Report on the working of the Ranchi Indian Mental Hospital, Kanke, in Bihar and Orissa - 1930-1940
Year: 1930
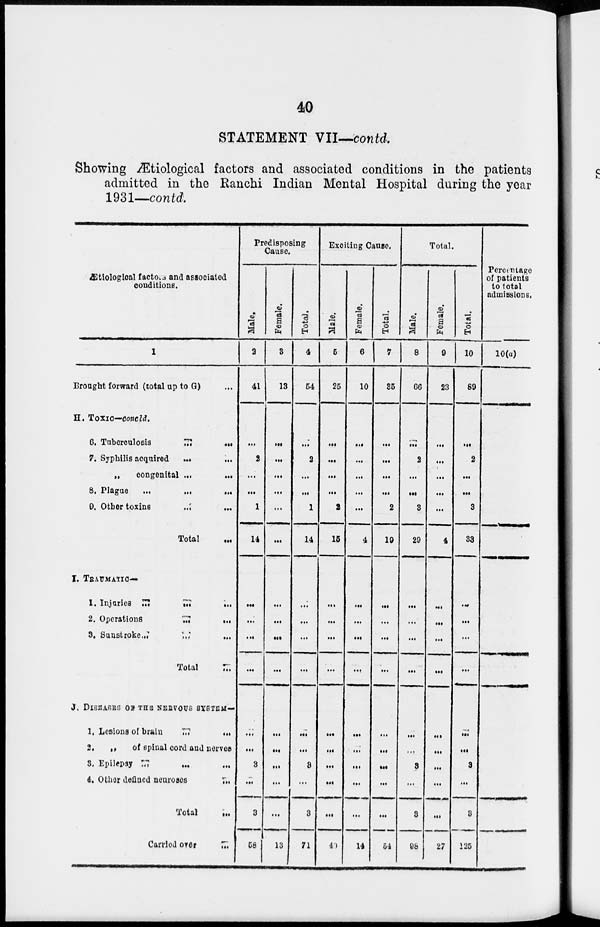
40
STATEMENT VII—contd.
Showing Ætiological factors and associated conditions in the patients
admitted in the Ranchi Indian Mental Hospital during the year
1931—contd.
Ætiological factors and associated
conditions.
1
Brought forward (total up to G) ...
H. Toxic—concld.
6. Tuberculosis
... ...
7. Syphilis acquired
...
...
„
congenital ...
...
8. Plague
...
...
...
9. Other toxins ... ...
Total
...
I. TRAUMATIC—
1. Injuries ...
...
...
2. Operations
...
...
3. Sunstroke ... ... ...
Total ...
J. DISEASES OF THE NERVOUS SYSTEM—
1. Lesions of brain
...
...
2.
„
of spinal cord and nerves
3. Epilepsy ... ... ...
4. Other defined neuroses
...
Total
...
Carried over
...
Predisposing
Cause.
Male.
2
41
...
2
...
...
1
14
...
...
...
...
...
...
3
...
3
58
Female.
3
13
...
...
...
...
...
...
...
...
...
...
...
...
...
...
...
13
Total.
4
54
...
2
...
...
1
14
...
...
...
...
...
...
3
...
3
71
Exciting Cause.
Male.
5
25
...
...
...
...
2
15
...
...
...
...
...
...
...
...
...
40
Female.
6
10
...
...
...
...
...
4
...
...
...
...
...
...
...
...
...
14
Total.
7
35
...
...
...
...
2
19
...
...
...
...
...
...
...
...
...
54
Total.
Male.
8
66
...
2
...
...
3
29
...
...
...
...
...
...
3
...
3
98
Female.
9
23
...
...
...
...
...
4
...
...
...
...
...
...
...
...
...
27
Total.
10
89
...
2
...
...
3
33
...
...
...
...
...
...
3
...
3
125
Percentage
of patients
to total
admissions.
10(a)